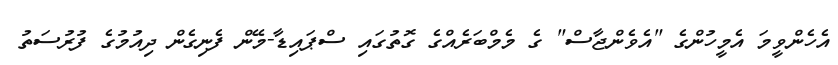
އެހެންވީމަ އެމީހުންގެ "އެވެންޖާސް" ގެ މެމްބަރެއްގެ ގޮތުގައި ސްޕައިޑާ-މޭން ފެނިގެން ދިއުމުގެ ފުރުސަތު